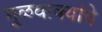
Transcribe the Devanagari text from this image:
मूळवाक्यांचे